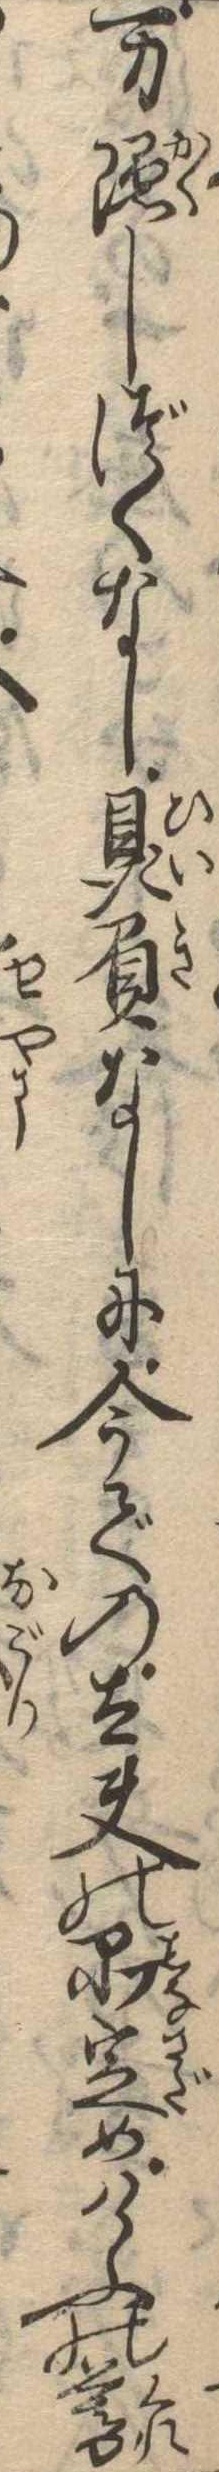
万隠しづくなし贔屓なしに今での太夫の品定めけふの暮